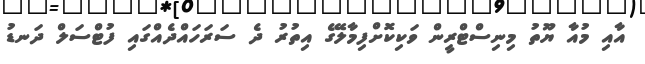
އާއި މުއާ ޔޫތު މިނިސްޓްރީން ވަކިކޮށްފިމާލޭގެ އިތުރު ދެ ސަރަހައްދެއްގައި ފުޓްސަލް ދަނޑު